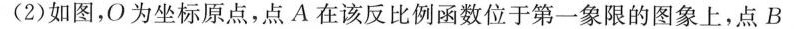
(2)如图，O为坐标原点，点A在该反比例函数位于第一象限的图象上，点B